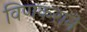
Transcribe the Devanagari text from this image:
विणकराने